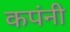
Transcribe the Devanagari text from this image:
कपंनी